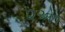
૨એ૧